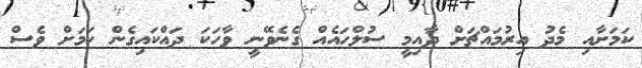
ކަމަށާއި މެދު އިރުމައްޗަށް ދާއިމީ ސުލްހައެއް ގެނެވޭނީ ވާހަކަ ދައްކައިގެން ކަމަށް ވެސް